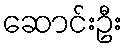
ဆောင်းဦး